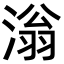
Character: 滃